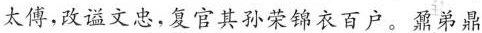
太傅，改谥文忠，复官其孙荣锦衣百户。罪弟鼎